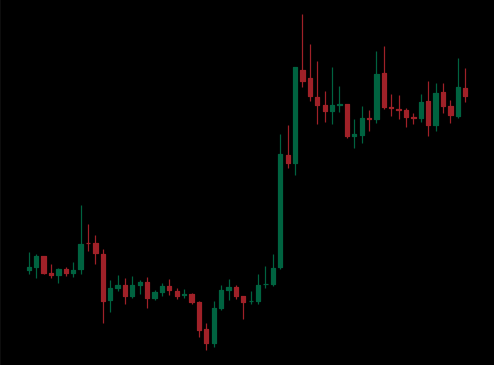
Pattern: unclassified